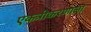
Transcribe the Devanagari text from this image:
एकत्रीकरणाला